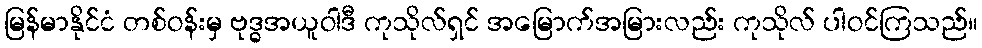
မြန်မာနိုင်ငံ တစ်ဝန်းမှ ဗုဒ္ဓအယူဝါဒီ ကုသိုလ်ရှင် အမြောက်အမြားလည်း ကုသိုလ် ပါဝင်ကြသည်။